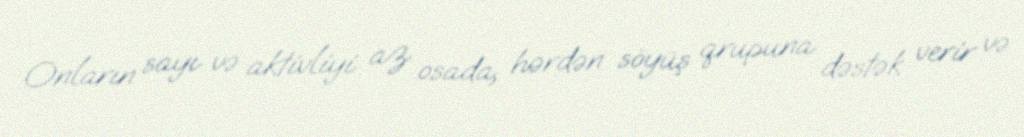
Onların sayı və aktivliyi az osada, hərdən söyüş qrupuna dəstək verir və